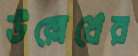
উল্লেখের